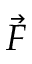
\vec { F }